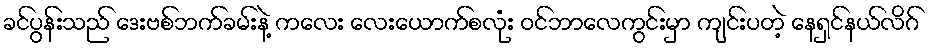
ခင်ပွန်းသည် ဒေးဗစ်ဘက်ခမ်းနဲ့ ကလေး လေးယောက်စလုံး ဝင်ဘာလေကွင်းမှာ ကျင်းပတဲ့ နေရှင်နယ်လိဂ်